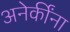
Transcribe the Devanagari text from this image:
अनेकींना